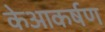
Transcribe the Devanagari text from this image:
केआकर्षण